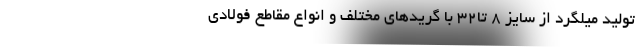
توليد ميلگرد از سايز 8 تا32 با گريدهاي مختلف و انواع مقاطع فولادي